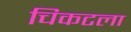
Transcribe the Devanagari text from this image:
चिकटला